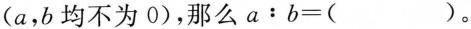
(a，b均不为0)，那么$$a：b=( )$$。